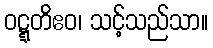
ဝဋ္ဋတိဧဝ၊ သင့်သည်သာ။